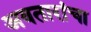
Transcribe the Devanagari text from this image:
अवतारांचा